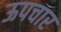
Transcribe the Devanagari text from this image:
ऊपचार